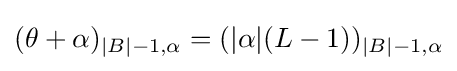
(\theta +\alpha )_{|B|-1,\alpha }=(|\alpha |(L-1))_{|B|-1,\alpha }